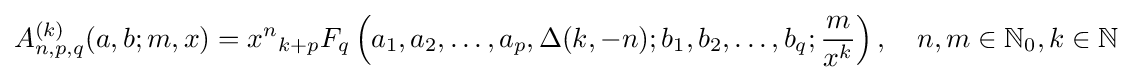
A_{n,p,q}^{(k)}(a,b;m,x)=x^{n}{}_{k+p}F_{q}\left({a_{1}},{a_{2}},\ldots ,{a_{p}},\Delta (k,-n);{b_{1}},{b_{2}},\ldots ,{b_{q}};{\frac {m}{x^{k}}}\right),\quad n,m\in \mathbb {N} _{0},k\in \mathbb {N}